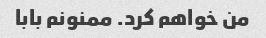
من خواهم کرد. ممنونم بابا